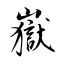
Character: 嶽